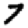
Digit: 7